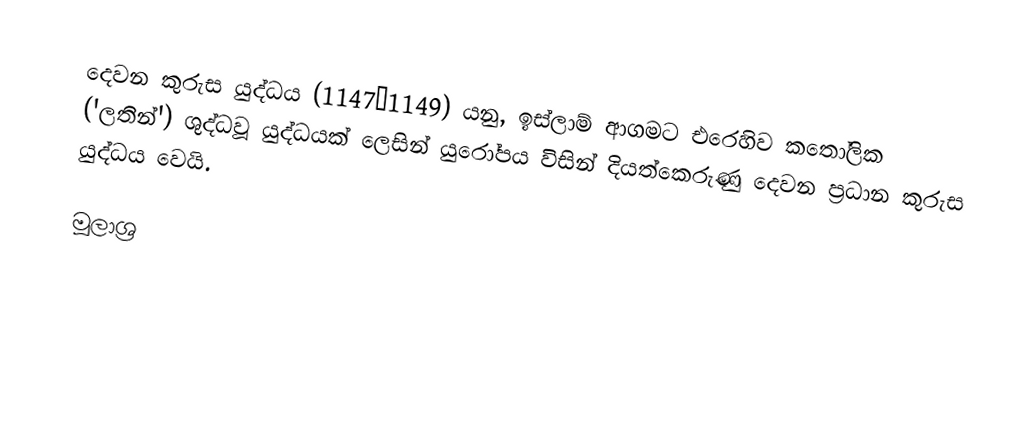
දෙවන කුරුස යුද්ධය (1147–1149) යනු,  ඉස්ලාම් ආගමට එරෙහිව කතෝලික ('ලතින්') ශුද්ධවූ යුද්ධයක් ලෙසින්  යුරෝපය විසින් දියත්කෙරුණු දෙවන ප්‍රධාන කුරුස යුද්ධය වෙයි.

මූලාශ්‍ර